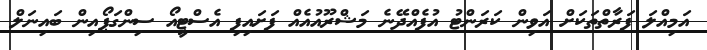
އަމިއްލަ ފަރާތްތަކަށް އަވިން ކަރަންޓު އުފެއްދޭނެ މަޝްރޫއުއެއް ފަށައިފި އެސްޓީއޯ ސިންގަޕޯއިން ބައިނަލް